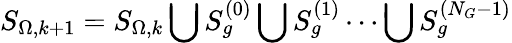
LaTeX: S_{\Omega,k+1}=S_{\Omega,k}\bigcup S_{g}^{(0)}\bigcup S_{g}^{(1)}\cdots\bigcup S_{g}^{(N_{G}-1)}